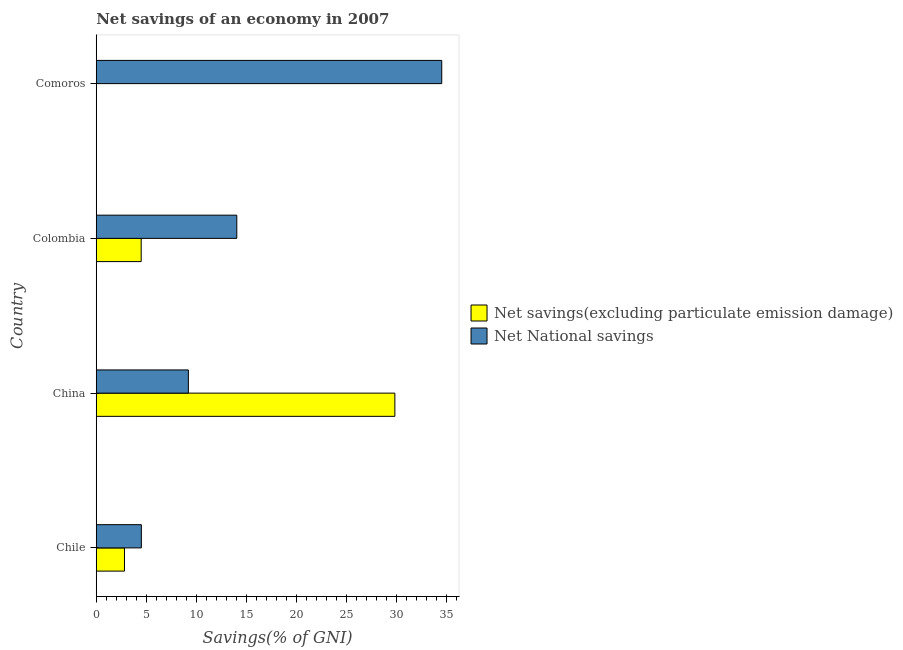
| Country | Net savings(excluding particulate emission damage) | Net National savings |
 | --- | --- | --- |
 | Chile | 2.82 | 4.51 |
 | China | 29.8 | 9.2 |
 | Colombia | 4.49 | 14 |
 | Comoros | -11.7 | 34.5 |